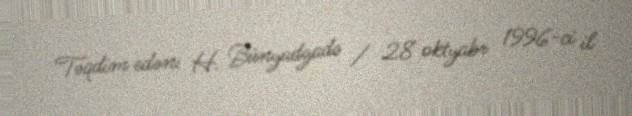
Təqdim edən: H. Bünyadzadə / 28 oktyabr 1996-ci il